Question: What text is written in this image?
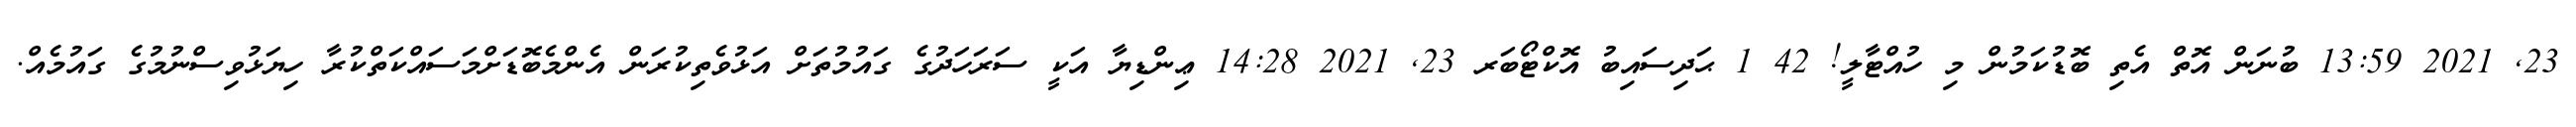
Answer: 23, 2021 13:59 ބުނަން އޮތް އެތި ބޮޑުކަމުން މި ހުއްޓާލީ! 42 1 ޙަދިސައިބު އޮކްޓޯބަރ 23, 2021 14:28 ޢިންޑިޔާ އަކީ ސަރަހަދުގެ ގައުމުތަށް އަޅުވެތިކުރަން އެންމެބޮޑަށްމަސައްކަތްކުރާ ހިޔަޅުވިސްނުމުގެ ގައުމެއް.